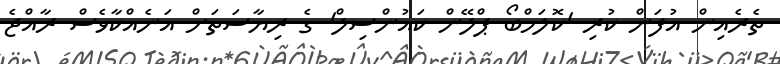
ތެރެއިން އުފަން ކުރި 'ކޮލަމްބޯ ޕްލޭން ކައުންސިލް' ގެ ރިޔާސަތަށް އަނެއްކާވެސް ރާއްޖެ